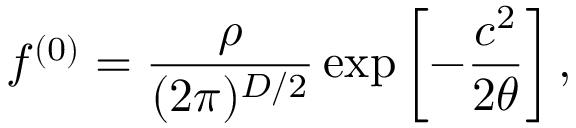
f ^ { ( 0 ) } = \frac { \rho } { ( 2 \pi ) ^ { D / 2 } } \exp \left[ - \frac { c ^ { 2 } } { 2 \theta } \right] ,